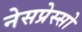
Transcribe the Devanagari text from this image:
नेसप्रेस्सो